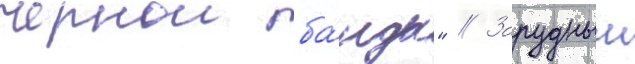
чернои ба́нды" // Зарудныи